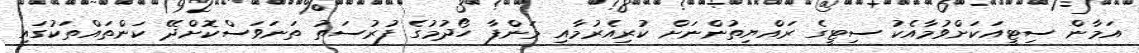
އަމާން ސިޓީއަކަށްވުމާއެކު ސިޓީގެ ރައްޔިތުންނަށް ކުރިއެރުމާއި މަންފާ ހޯދުމުގެ ފުރުސަތު ތަނަވަސްކޮށްދޭ ކަންތައްތަކުގައި